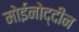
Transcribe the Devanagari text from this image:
मोईनोद्दीन